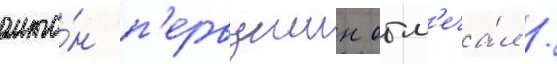
анто́н п'ервушин отм'еча́л /